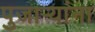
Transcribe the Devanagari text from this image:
पुजाऱ्यांना